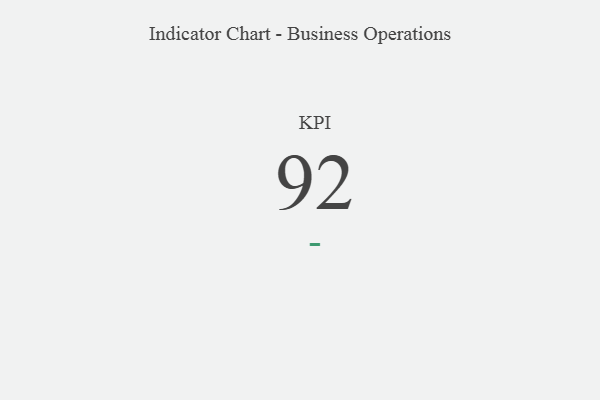
{"axis": {"x": "KPI", "y": "Value"}, "legend": [""], "data": [{"x": "KPI", "y": 92, "type": ""}]}